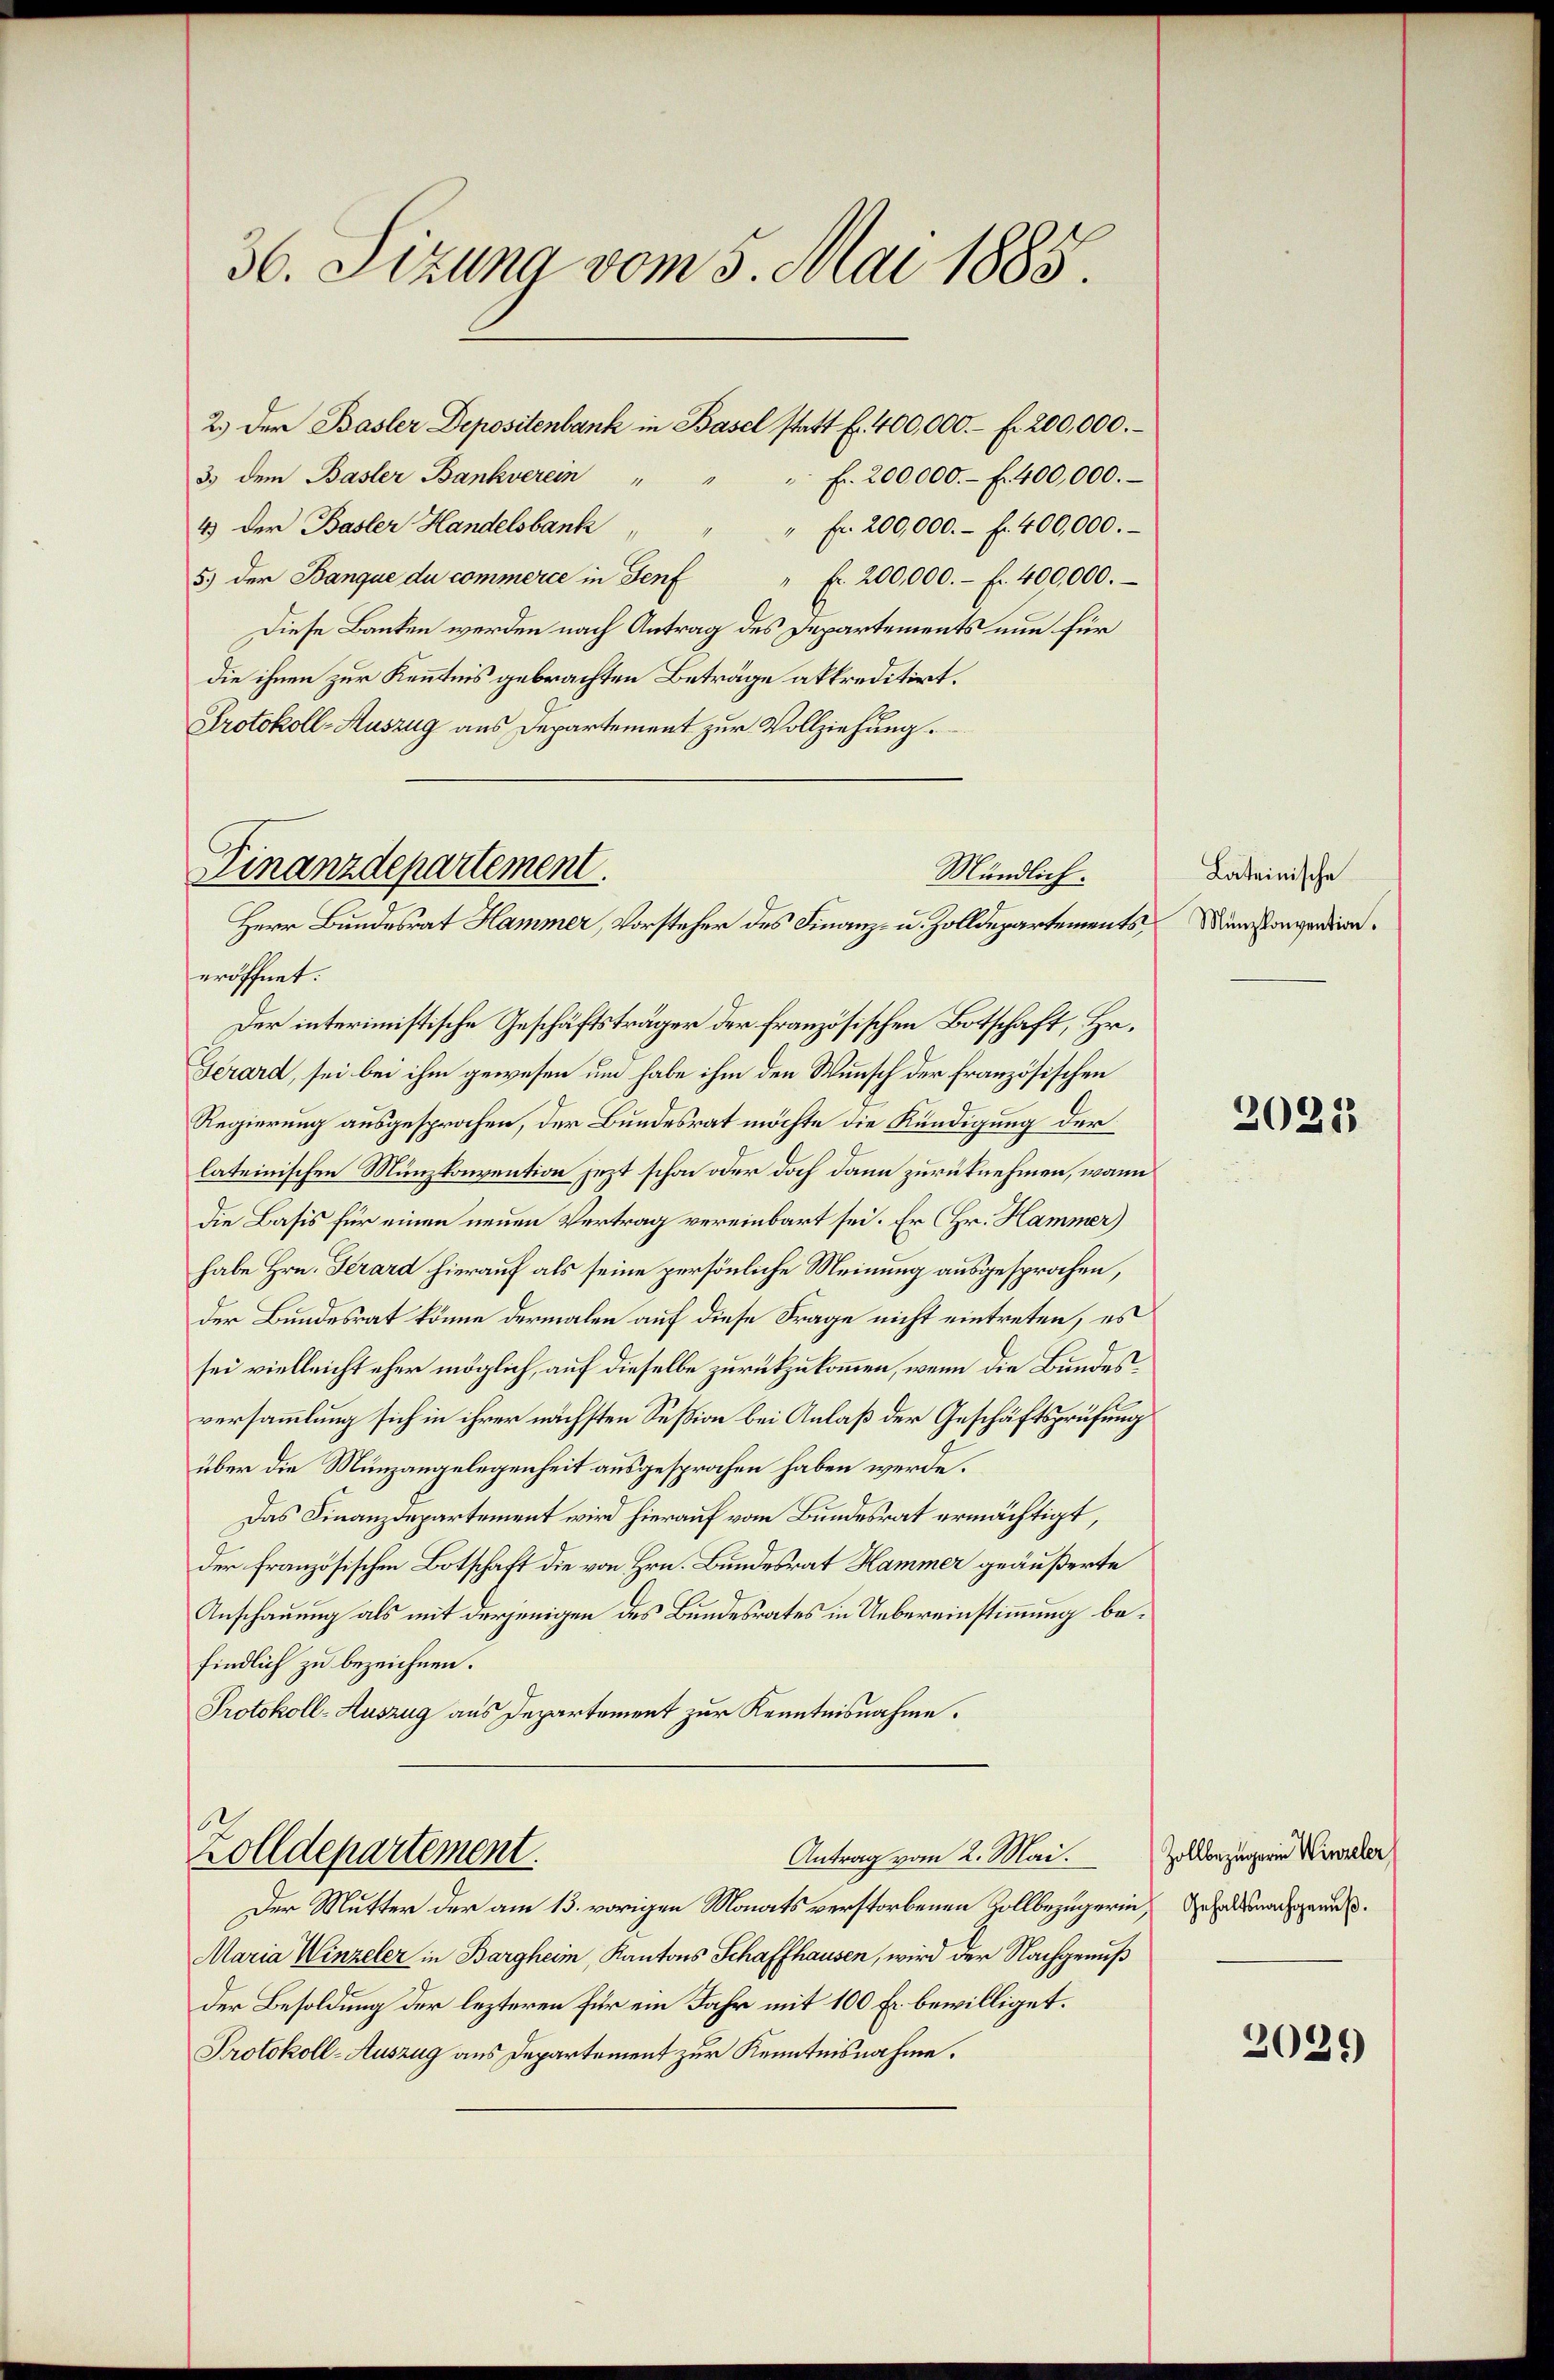
36. Sizung vom 5. Mai 1885.

2.) Der Basler Depositenbank in Basel statt f. 400,000.- f. 200,000.
3. dem Basler Bankverein " "
 fr. 200,000.- f. 400,000.
4) der Basler Handelsbank
" fr. 200,000.- f. 400,000.
5.) der Banque du commerce in Genf " fr. 200,000.- f. 400,000.
Diese Banken werden nach Antrag des Departements nun für
die ihnen zur Kenntnis gebrachten Beträge akkreditirt.
Protokoll-Auszug aus Departement zur Vollziehung.

eröffnet.
Der interimistische Geschäftsträger der französischen Botschaft, Hr.
Gerard, sei bei ihm gewesen um habe ihm den Wunsch der französischen
Regierung ausgesprochen, der Bundesrat möchte die Kündigung der
lateinischen Münzkonvention jezt schon oder doch dann zurücknehmen, wann
Die Basis für einen neuen Vertrag vereinbart sei. Er (Hr. Hammer)
habe Hrn. Derard hierauf als seine persönliche Meinung ausgesprochen,
der Bundesrat könne dermalen auf diese Frage nicht eintreten, es
sei vielleicht eher möglich, auf dieselbe zurückzukommen, wenn die Bundesversammlung sich in ihrer nächsten Seßion bei Anlaß der Geschäftsprüfung
über die Münzangelegenheit ausgesprochen haben werde.
Das Finanzdepartement wird hierauf vom Bundesrat ermächtigt,
der französischen Botschaft die von Hrn. Bundesrat Hammer geäußerte
Anschauung als mit derjenigen des Bundesrates in Uebereinstimmung befindlich zu bezeichnen.
Protokoll-Auszug aus Departement zur Kenntnisnahme.
Zolldepartement.
Antrag vom 2. Mai.
Der Mutter der am 13. vorigen Monats verstorbenen Zollbezugerin, Gehalt nachgeme
Maria Winzeler in Bargheim, Kantons Schaffhausen, wird der Nachgenuß
Der Besoldung der lezteren für ein Jahr mit 100 Fr. bewilliget.
Protokoll-Auszug aus Departement zur Kenntnisnahme.

Finanzdepartement
Mündlich.
Herr Bundesrat Hammer, Vorsteher des Finanz- u. Zolldepartements

Lateinische
Münzkonvention.

2025

Zollbezügerin Winzeler,

2039)